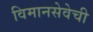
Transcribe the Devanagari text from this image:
विमानसेवेची